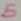
Text: 5